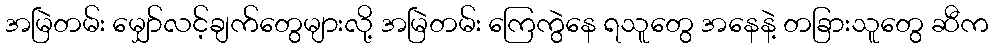
အမြဲတမ်း မျှော်လင့်ချက်တွေများလို့ အမြဲတမ်း ကြေကွဲနေ ရသူတွေ အနေနဲ့ တခြားသူတွေ ဆီက